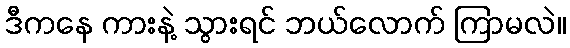
ဒီကနေ ကားနဲ့ သွားရင် ဘယ်လောက် ကြာမလဲ။